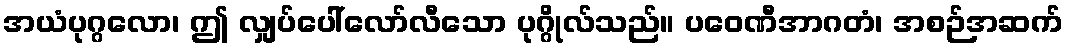
အယံပုဂ္ဂလော၊ ဤ လျှပ်ပေါ်လော်လီသော ပုဂ္ဂိုလ်သည်။ ပဝေဏီအာဂတံ၊ အစဉ်အဆက်